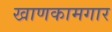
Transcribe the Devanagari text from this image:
खाणकामगार